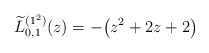
\begin{gather*} \widetilde{L}_{0,1}^{( 1^{2}) }(z) =-\big( z^{2}+2z+2\big)\end{gather*}